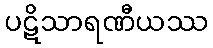
ပဋိသာရဏီယဿ